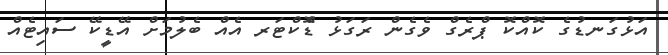
އަޅުގަނޑުގެ ކޮއްކޮ ޕްރެގް ވެގެން ރަގަޅު ޑޮްކްޓަރ އެއް ބެލުމަށް އޭޑީކޭ ސައިޓެއް